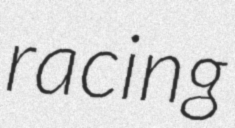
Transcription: racing